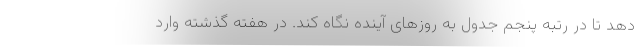
دهد تا در رتبه پنجم جدول به روزهای آینده نگاه کند. در هفته گذشته وارد